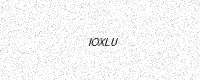
Text: IOXLU